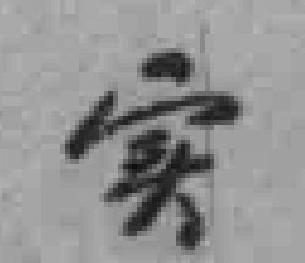
实